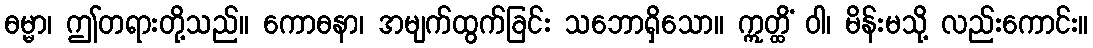
ဓမ္မာ၊ ဤတရားတို့သည်။ ကောဓနာ၊ အမျက်ထွက်ခြင်း သဘောရှိသော။ ဣတ္ထိံ ဝါ၊ မိန်းမသို့ လည်းကောင်း။